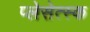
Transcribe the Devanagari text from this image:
प्लेसेत्स्क